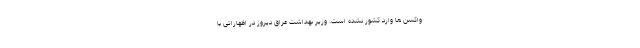
واکسن ها وارد کشور نشده است. وزیر بهداشت عراق دیروز در اظهاراتی با